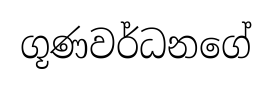
ගූණවර්ධනගේ